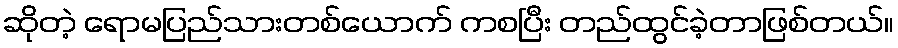
ဆိုတဲ့ ရောမပြည်သားတစ်ယောက် ကစပြီး တည်ထွင်ခဲ့တာဖြစ်တယ်။